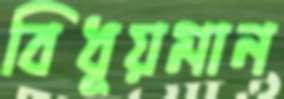
বিধূয়মান